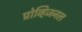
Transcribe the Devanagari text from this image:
प्रोव्हिजनल